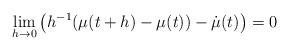
LaTeX: \begin{align*} \lim _ {h \to 0} \left(h^{-1}(\mu(t+h) - \mu(t)) - \dot\mu(t)\right) = 0\end{align*}